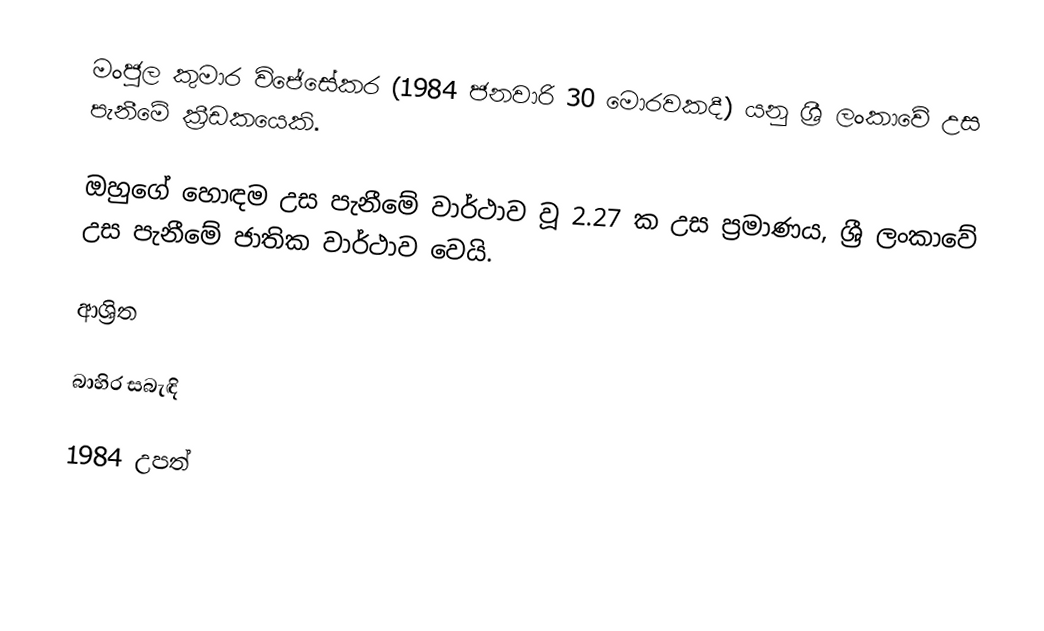
මංජුල කුමාර විජේසේකර (1984 ජනවාරි 30 මොරවකදී) යනු ශ්‍රී ලංකාවේ උස පැනීමේ ක්‍රීඩකයෙකි.

ඔහුගේ හොඳම උස පැනීමේ වාර්ථාව වූ 2.27 ක උස ප්‍රමාණය, ශ්‍රී ලංකාවේ උස පැනීමේ ජාතික වාර්ථාව වෙයි.

ආශ්‍රිත

බාහිර සබැඳි

1984 උපත්